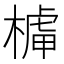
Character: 𣘭